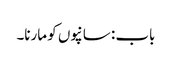
باب : سانپوں کو مارنا۔